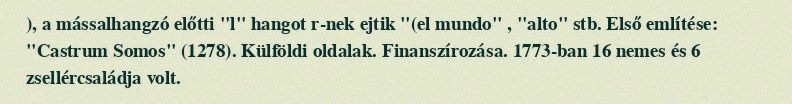
), a mássalhangzó előtti "l" hangot r-nek ejtik "(el mundo" , "alto" stb. Első említése: "Castrum Somos" (1278). Külföldi oldalak. Finanszírozása. 1773-ban 16 nemes és 6 zsellércsaládja volt.